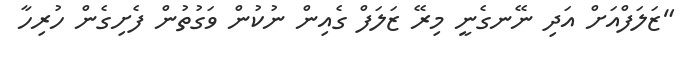
"ޒަލަފްއަށް އަދި ނޭނގެނީ މިރޭ ޒަލަފް ގެއިން ނުކުން ވަގުތުން ފެށިގެން ހުރިހާ